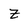
Character: Z